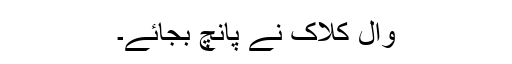
وال کلاک نے پانچ بجائے۔